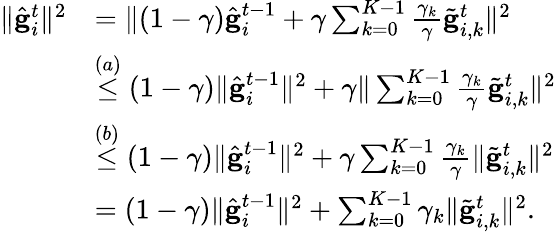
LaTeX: \begin{array}{rl}{\Vert\hat{\mathbf{g}}_{i}^{t}\Vert^{2}}&{=\Vert(1-\gamma)\hat{\mathbf{g}}_{i}^{t-1}+\gamma\sum_{k=0}^{K-1}\frac{\gamma_{k}}{\gamma}\tilde{\mathbf{g}}_{i,k}^{t}\Vert^{2}}\\ &{\overset{(a)}{\leq}(1-\gamma)\Vert\hat{\mathbf{g}}_{i}^{t-1}\Vert^{2}+\gamma\Vert\sum_{k=0}^{K-1}\frac{\gamma_{k}}{\gamma}\tilde{\mathbf{g}}_{i,k}^{t}\Vert^{2}}\\ &{\overset{(b)}{\leq}(1-\gamma)\Vert\hat{\mathbf{g}}_{i}^{t-1}\Vert^{2}+\gamma\sum_{k=0}^{K-1}\frac{\gamma_{k}}{\gamma}\Vert\tilde{\mathbf{g}}_{i,k}^{t}\Vert^{2}}\\ &{=(1-\gamma)\Vert\hat{\mathbf{g}}_{i}^{t-1}\Vert^{2}+\sum_{k=0}^{K-1}\gamma_{k}\Vert\tilde{\mathbf{g}}_{i,k}^{t}\Vert^{2}.}\end{array}